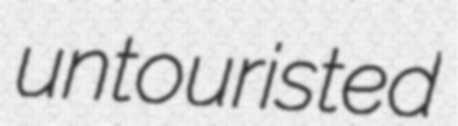
untouristed